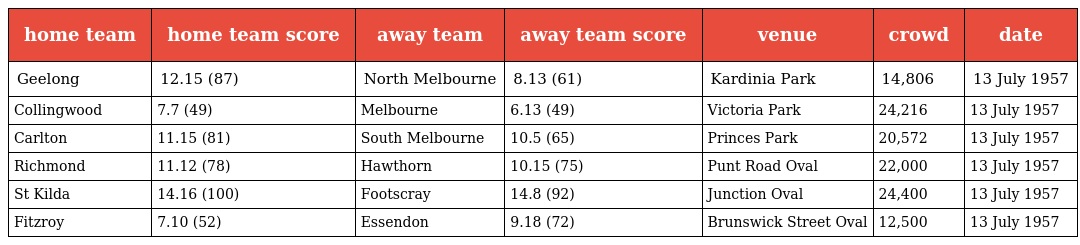
| home team | home team score | away team | away team score | venue | crowd | date |
 | --- | --- | --- | --- | --- | --- | --- |
 | Geelong | 12.15 (87) | North Melbourne | 8.13 (61) | Kardinia Park | 14,806 | 13 July 1957 |
 | Collingwood | 7.7 (49) | Melbourne | 6.13 (49) | Victoria Park | 24,216 | 13 July 1957 |
 | Carlton | 11.15 (81) | South Melbourne | 10.5 (65) | Princes Park | 20,572 | 13 July 1957 |
 | Richmond | 11.12 (78) | Hawthorn | 10.15 (75) | Punt Road Oval | 22,000 | 13 July 1957 |
 | St Kilda | 14.16 (100) | Footscray | 14.8 (92) | Junction Oval | 24,400 | 13 July 1957 |
 | Fitzroy | 7.10 (52) | Essendon | 9.18 (72) | Brunswick Street Oval | 12,500 | 13 July 1957 |